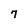
Character: 7